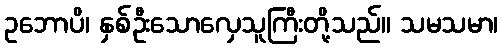
ဥဘောပိ၊ နှစ်ဦးသောလှေသူကြီးတို့သည်။ သမသမာ၊